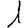
Digit: 1